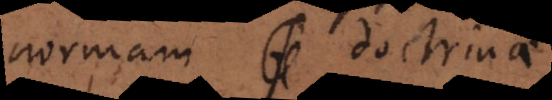
normam doctrinae